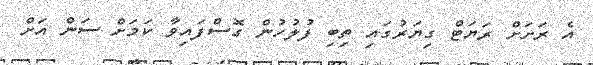
އެ ރަށަށް ރަޔަޓް ގިޔަރުގައި ތިބި ފުލުހުން ގޮސްފައިވާ ކަމަށް ސަން އަށް